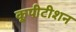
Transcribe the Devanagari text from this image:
कूपीटीशन